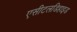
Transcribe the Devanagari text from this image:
एसीटलडिहाइड